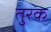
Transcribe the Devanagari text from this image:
तुरक